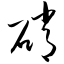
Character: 硝